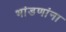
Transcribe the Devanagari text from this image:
भांडणांना